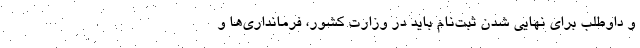
و داوطلب برای نهایی شدن ثبت‌نام باید در وزارت کشور، فرمانداری‌ها و